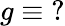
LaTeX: g\equiv\operatorname{\mathrm{?}}